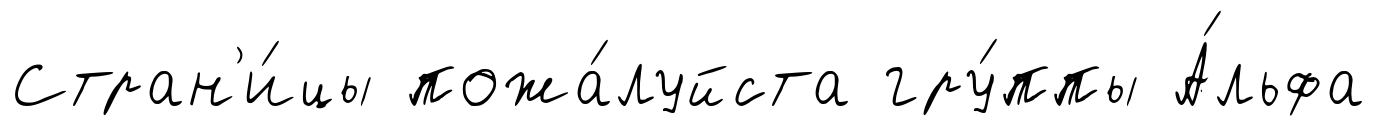
Стран'и́цы пожа́луйста гру́ппы А́льфа